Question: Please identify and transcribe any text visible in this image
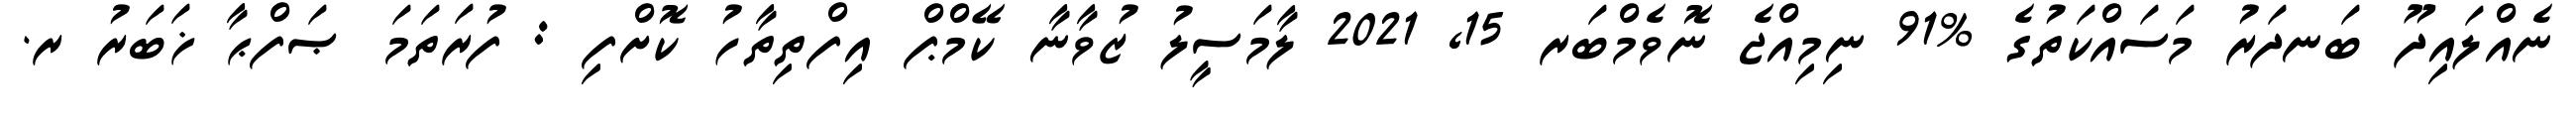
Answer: ނެއްލައިދޫ ބަނދަރު މަސައްކަތުގެ %91 ނިމިއްޖެ ނޮވެމްބަރ 15, 2021 ލާމަސީލު ޒުވާނާ ކޭމްޕް އިފްތިތާހު ކޮށްފި : ފުރަތަމަ ޞަފްޙާ ޚަބަރު ރ.